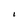
Character: I